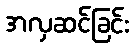
အလှဆင်ခြင်း